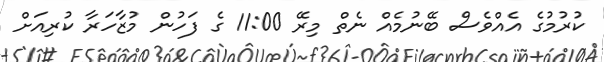
ކުރުމުގެ އެއްވެސް ބޭނުމެއް ނެތް މިރޭ 11:00 ގެ ފަހުން މުޒާހަރާ ކުރިއަށް